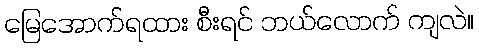
မြေအောက်ရထား စီးရင် ဘယ်လောက် ကျလဲ။